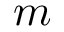
m